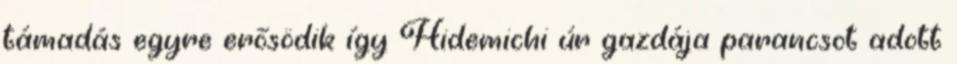
támadás egyre erősödik így Hidemichi úr gazdája parancsot adott